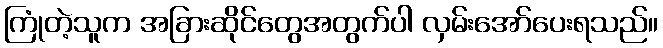
ကြုံတဲ့သူက အခြားဆိုင်တွေအတွက်ပါ လှမ်းအော်ပေးရသည်။